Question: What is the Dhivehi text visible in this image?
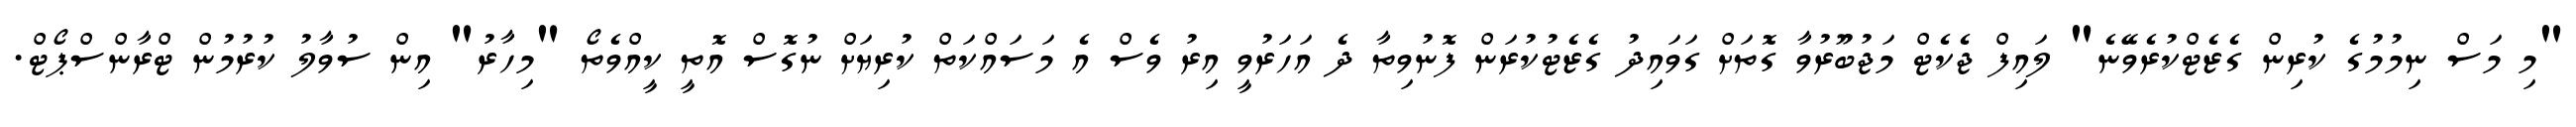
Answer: "މި މަސް ނިމުމުގެ ކުރިން ގެޒެޓްކުރެވޭނެ" ލައިފް ޖެކެޓް މަޖުބޫރުވާ ގޮތަށް ގަވައިދު ގެޒެޓުކުރަން ފޮނުވިތާ ދެ އަހަރުވީ އިރު ވެސް އެ މަސައްކަތް ކުރިޔަށް ނުގޮސް އޮތީ ކީއްވެތޯ "މިހާރު" އިން ސުވާލު ކުރުމުން ޓްރާންސްޕޯޓް.